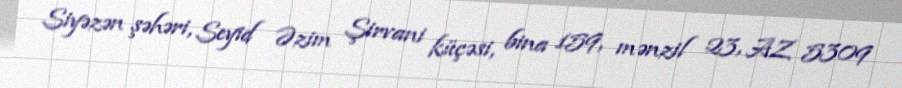
Siyəzən şəhəri, Seyid Əzim Şirvani küçəsi, bina 159, mənzil 23, AZ 5309